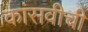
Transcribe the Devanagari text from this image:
कांसवीची